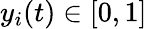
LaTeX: y_{i}(t)\in[0,1]